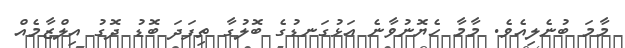
މާމަ ބުނެލިއެވެ. މާމާ ހެޔޮނުވާނެ އަޅުގަނޑުގެ ބޮލުގާ ތިފަދަ ބޮޑު ދޮގު އިލްޒާމެއް